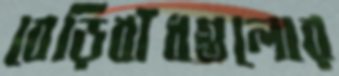
বেড়িবাঁধগুলোর